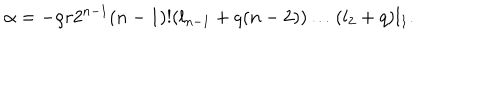
LaTeX: \alpha = - \rho r 2 ^ { n - 1 } ( n - 1 ) ! ( l _ { n - 1 } + q ( n - 2 ) ) \ldots ( l _ { 2 } + q ) l _ { 1 } .